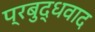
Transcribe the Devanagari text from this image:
प्रबुद्धवाद